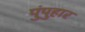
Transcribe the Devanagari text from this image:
पुंपुहार